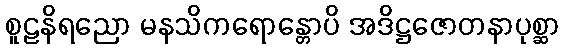
စူဠနိရညော မနသိကရောန္တောပိ အဒိဋ္ဌဇောတနာပုစ္ဆာ